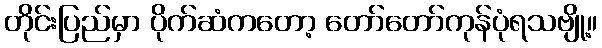
တိုင်းပြည်မှာ ပိုက်ဆံကတော့ တော်တော်ကုန်ပုံရသဗျို့။